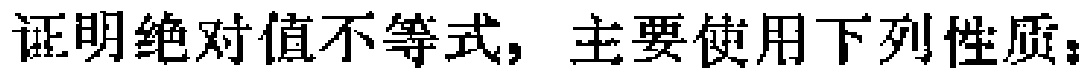
证明绝对值不等式，主要使用下列性质：